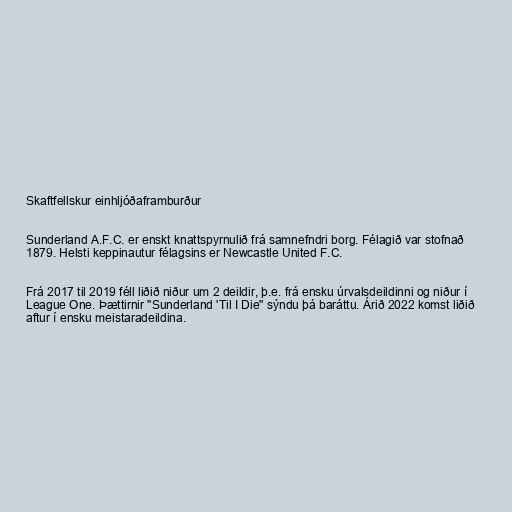
Skaftfellskur einhljóðaframburður

Sunderland A.F.C. er enskt knattspyrnulið frá samnefndri borg. Félagið var stofnað
1879. Helsti keppinautur félagsins er Newcastle United F.C.

Frá 2017 til 2019 féll liðið niður um 2 deildir, þ.e. frá ensku úrvalsdeildinni og niður í
League One. Þættirnir "Sunderland 'Til I Die" sýndu þá baráttu. Árið 2022 komst liðið
aftur í ensku meistaradeildina.